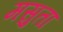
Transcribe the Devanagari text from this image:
मसुता